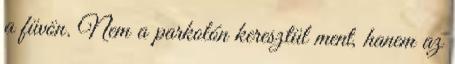
a füvön. Nem a parkolón keresztül ment, hanem az